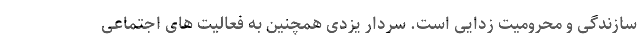
سازندگی و محرومیت زدایی است. سردار یزدی همچنین به فعالیت های اجتماعی